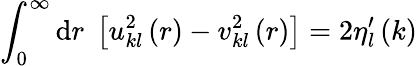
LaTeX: \int_{0}^{\infty}\mathrm{d}r\; \left[u_{kl}^{2}\left(r\right)-v_{kl}^{2}\left(r\right)\right]=2\eta_{l}^{\prime}\left(k\right)